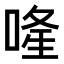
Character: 𠷶